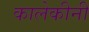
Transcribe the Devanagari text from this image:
कालेकीनी